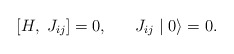
\begin{align*}[H, \; J_{ij}] = 0 , \;\;\;\;\;\; J_{ij} \mid 0 \rangle = 0 .\end{align*}